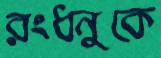
রংধনুকে